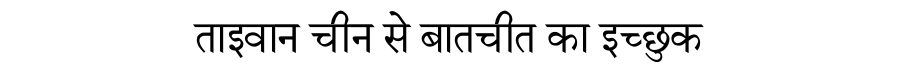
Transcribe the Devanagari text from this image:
ताइवान चीन से बातचीत का इच्छुक